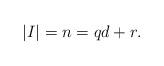
LaTeX: \begin{align*}|I| = n = qd + r.\end{align*}